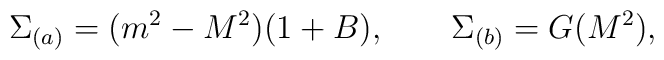
\Sigma_{(a)} = (m^2 - M^2)(1+B), \qquad  \Sigma_{(b)} = G(M^2),